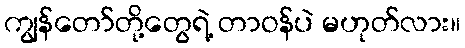
ကျွန်တော်တို့တွေရဲ့ တာဝန်ပဲ မဟုတ်လား။